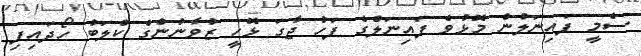
ސެމީ ފައިނަލުން މޮޅުވެ ފައިނަލްގެ ފަހު ޖާގަ ޅޮހީ ޒުވާނުންގެ ކްލަބު ހޯދައިފި